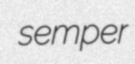
semper